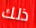
ذلك